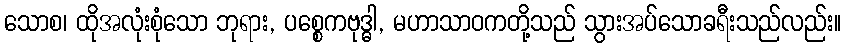
သောစ၊ ထိုအလုံးစုံသော ဘုရား, ပစ္စေကဗုဒ္ဓါ, မဟာသာဝကတို့သည် သွားအပ်သောခရီးသည်လည်း။